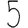
Digit: 5